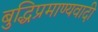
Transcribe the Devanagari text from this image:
बुद्धिप्रमाण्यवादी